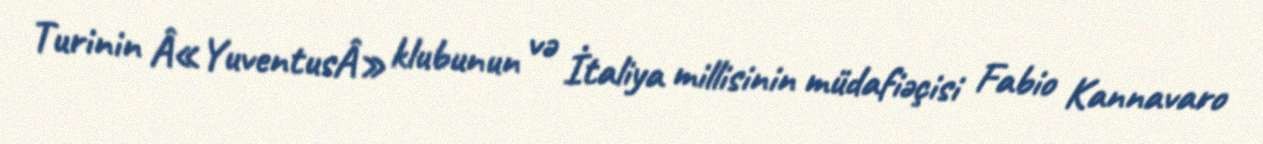
Turinin Â«YuventusÂ» klubunun və İtaliya millisinin müdafiəçisi Fabio Kannavaro